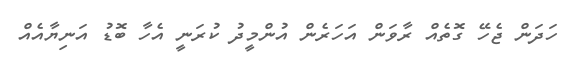
ހަދަން ޖެހޭ ގޮތެއް ރާވަން އަހަރެން އުންމީދު ކުރަނީ އެހާ ބޮޑު އަނިޔާއެއް